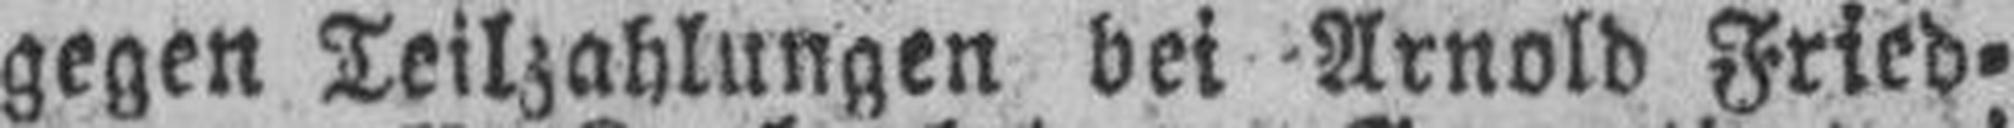
gegen Teilzahlungen bei Arnold Fried¬